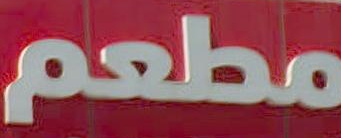
مطعم